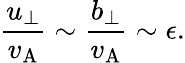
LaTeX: \frac{u_{\perp}}{v_{\mathrm{A}}}\sim\frac{b_{\perp}}{v_{\mathrm{A}}}\sim\epsilon.